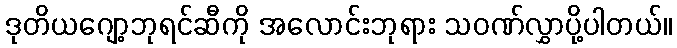
ဒုတိယဂျော့ဘုရင်ဆီကို အလောင်းဘုရား သဝဏ်လွှာပို့ပါတယ်။